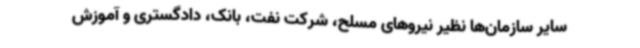
سایر سازمان‌ها نظیر نیروهای مسلح، شرکت نفت، بانک، دادگستری و آموزش